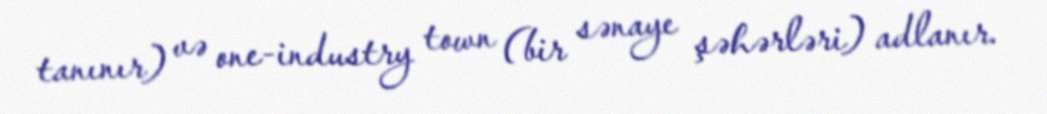
tanınır) və one-industry town (bir sənaye şəhərləri) adlanır.